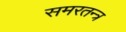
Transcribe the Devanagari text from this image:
समरतन्त्र